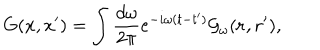
LaTeX: G ( x , x ^ { \prime } ) = \int { \frac { d \omega } { 2 \pi } } e ^ { - i \omega ( t - t ^ { \prime } ) } { \cal G } _ { \omega } ( { \bf r , r ^ { \prime } } ) ,